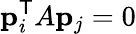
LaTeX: \mathbf{p}_{i}^{\mathsf{T}}A\mathbf{p}_{j}=0